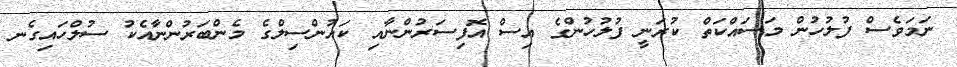
ނަމަވެސް ފުލުހުން މަސައްކަތް ކުރަނީ ފުލުހުންގެ އިސް އޮފިސަރުންނާއި ކައުންސިލްގެ މެންބަރުންނާއެކު ސުލްހައިގެނ